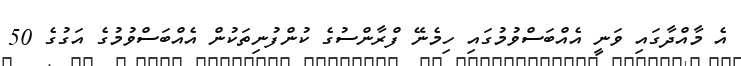
އެ މާއްދާގައި ވަނީ އެއްބަސްވުމުގައި ހިމެނޭ ފްރާންސުގެ ކުންފުނިތަކުން އެއްބަސްވުމުގެ އަގުގެ 50